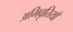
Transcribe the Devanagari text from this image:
अभिवृतियाँ